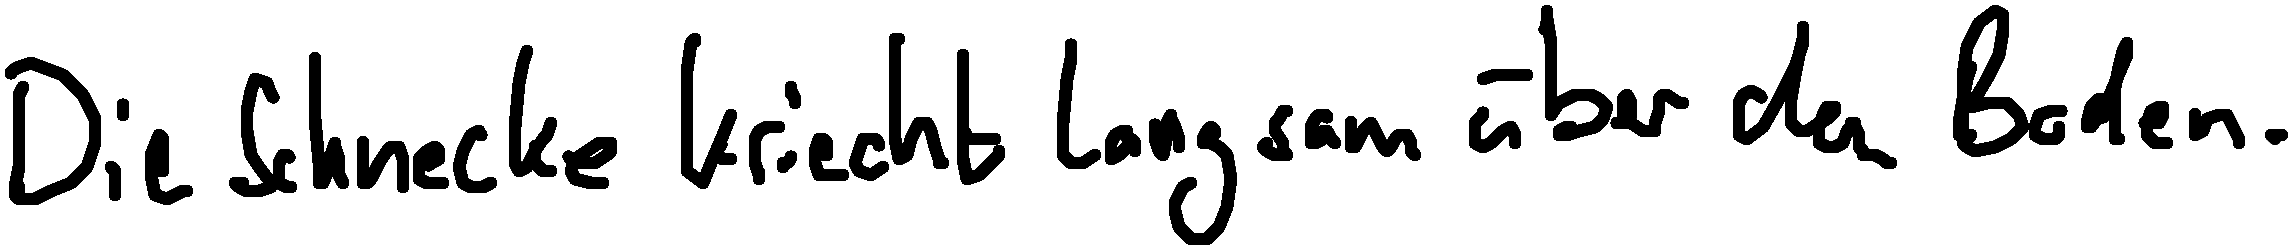
Die Schnecke kriecht langsam über den Boden.